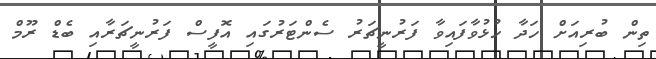
ތިން ބުރިއަށް ހަދާ ހުޅުވާފައިވާ ފަރުނީޗަރު ސެންޓަރުގައި އޮފީސް ފަރުނީޗަރާއި ބެޑް ރޫމް